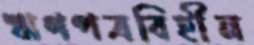
ঋণপত্রবিহীন